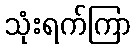
သုံးရက်ကြာ